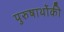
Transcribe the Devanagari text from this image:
पुरुषार्थोकी